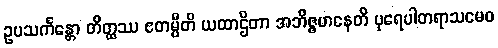
ဥပသင်္ကန္တော တိတ္ထဿ ဧတမ္ပီတိ ယထာဌိတာ အဘိဇ္ဇမာနေတိ ပုရေပါတရာသမေဝ